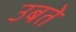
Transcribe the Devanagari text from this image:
उबते